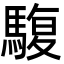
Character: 䮡